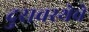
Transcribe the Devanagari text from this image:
दुरावस्थेचे